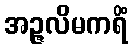
အဉ္ဇလိမကရိံ